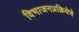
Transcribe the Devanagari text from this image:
विभाजनप्रक्रियेचे